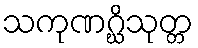
သကုဏဂ္ဃိသုတ္တ